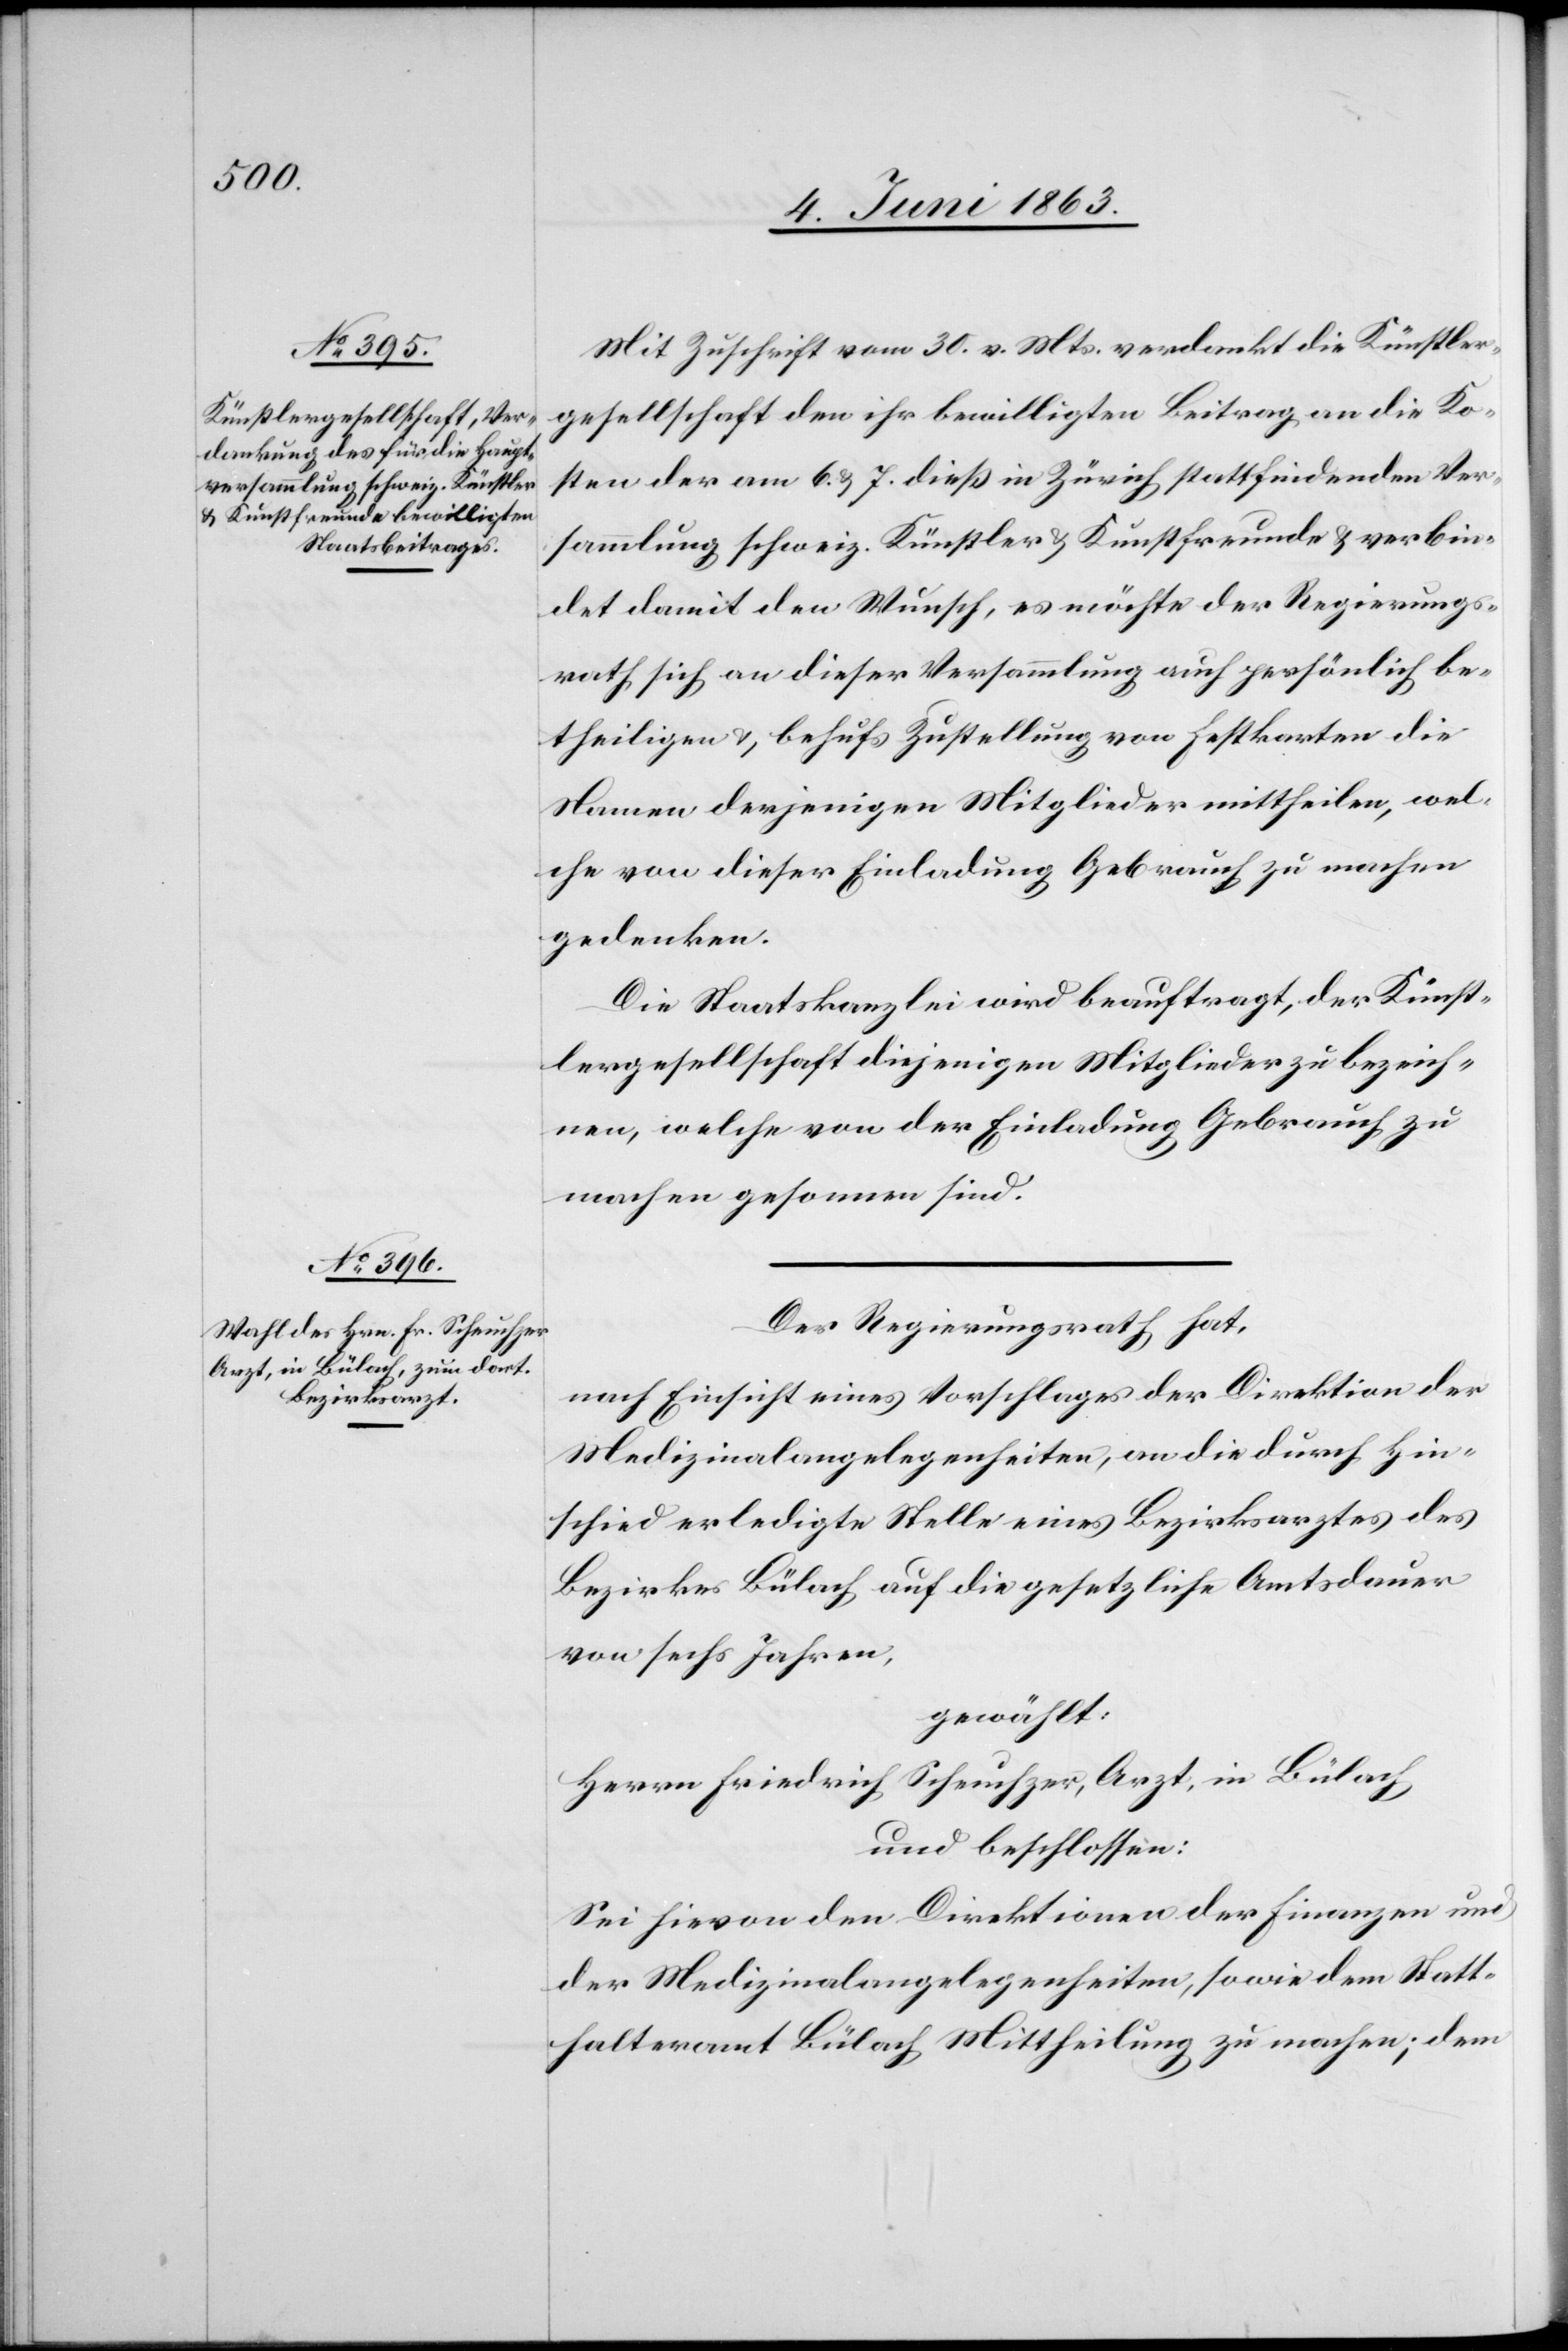
Mit Zuschrift vom 30. v. Mts. verdankt die Künstler¬
gesellschaft den ihr bewilligten Beitrag an die Ko¬
sten der am 6. & 7. dieß in Zürich stattfindenden Ver¬
sammlung schweiz. Künstler & Kunstfreunde & verbin¬
det damit den Wunsch, es möchte der Regierungs¬
rath sich an dieser Versammlung auch persönlich be¬
theiligen & behufs Zustellung von Festkarten die
Namen derjenigen Mitglieder mittheilen, wel¬
che von dieser Einladung Gebrauch zu machen
gedenken.
Die Staatskanzlei wird beauftragt, der Künst¬
lergesellschaft diejenigen Mitglieder zu bezeich¬
nen, welche von der Einladung Gebrauch zu
machen gesonnen sind.
Der Regierungsrath hat,
nach Einsicht eines Vorschlages der Direktion der
Medizinalangelegenheiten, an die durch Hin¬
schied erledigte Stelle eines Bezirksarztes des
Bezirkes Bülach auf die gesetzliche Amtsdauer
von sechs Jahren,
gewählt:
Herrn Friedrich Scheuchzer, Arzt, in Bülach
und beschlossen:
Sei hievon den Direktionen der Finanzen und
der Medizinalangelegenheiten, sowie dem Statt¬
halteramt Bülach Mittheilung zu machen; dem